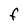
Character: F